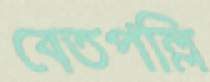
বেতপল্লি